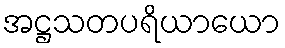
အဋ္ဌသတပရိယာယော